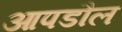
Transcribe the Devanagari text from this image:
आपडौल